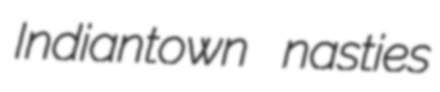
Indiantown nasties